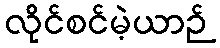
လိုင်စင်မဲ့ယာဉ်